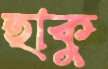
হাকু